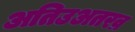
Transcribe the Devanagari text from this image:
अतिउअतरव्र